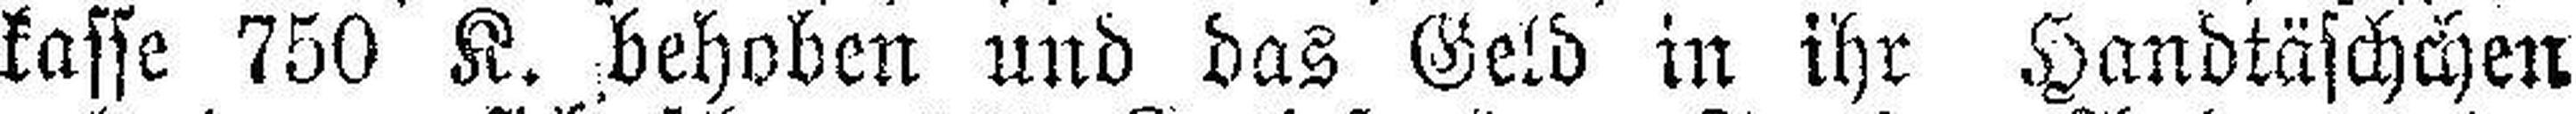
kasse 750 K. behoben und das Geld in ihr Handtäschchen